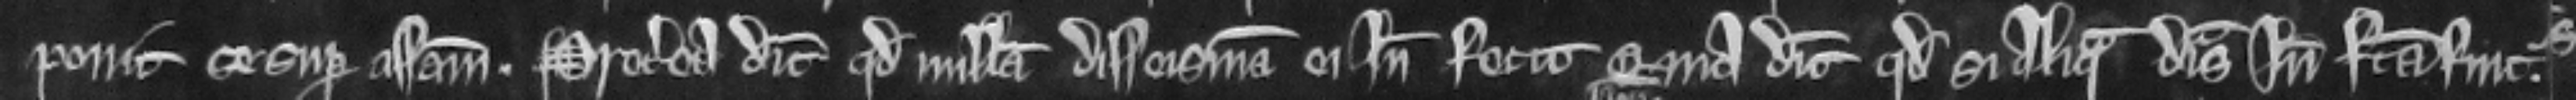
ponit se super assisam. Preterea dicit quod nullam disseisinam ei inde fecit quia dicit quod si aliqua disseisina inde facta fuit